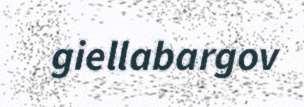
giellabargov